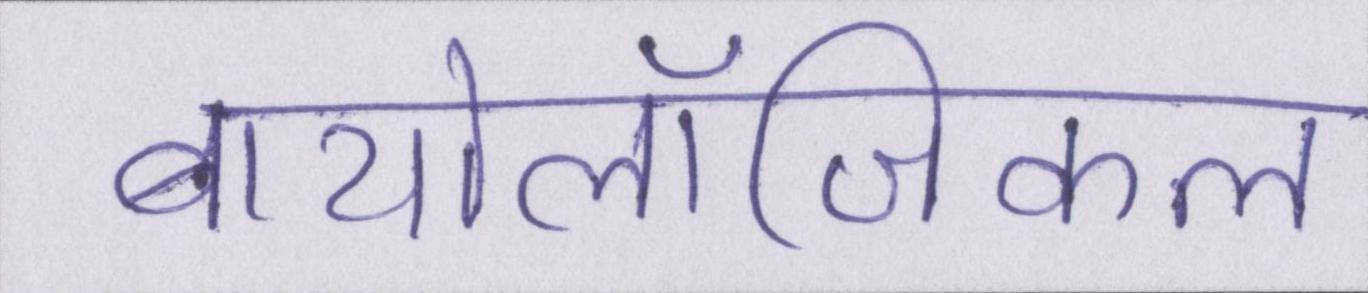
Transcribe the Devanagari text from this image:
बायोलॉजिकल